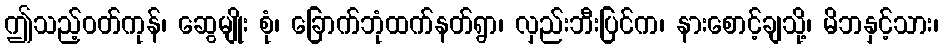
ဤသည့်ဝတ်ကုန်၊ ဆွေမျိုး စုံ၊ ခြောက်ဘုံထက်နတ်ရွာ၊ လှည်းဘီးပြင်က၊ နားစောင့်ချသို့၊ မိဘနှင့်သား၊